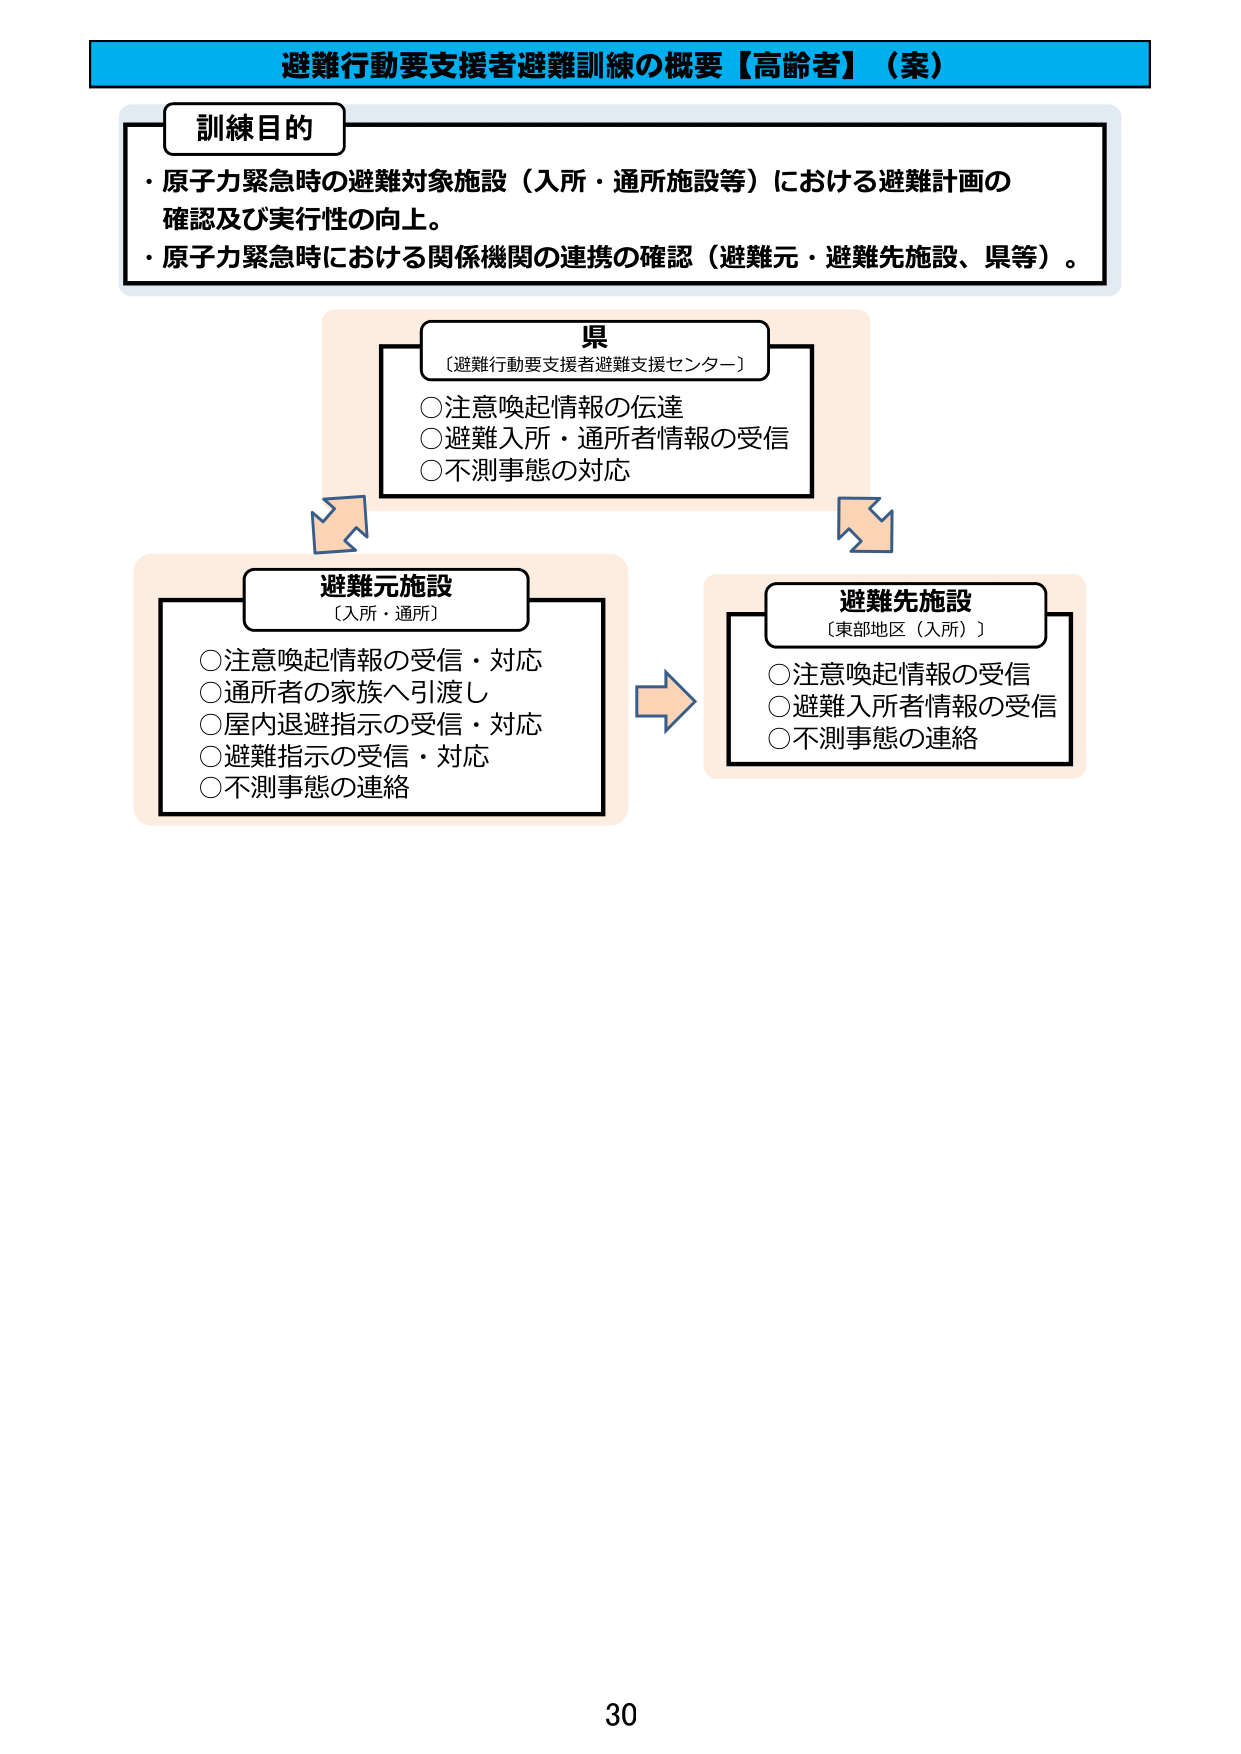
避難行動要支援者避難訓練の概要【高齢者】（案）

訓練目的
・原子力緊急時の避難対象施設（入所・通所施設等）における避難計画の
確認及び実行性の向上。
・原子力緊急時における関係機関の連携の確認（避難元・避難先施設、県等）。

県
〔避難行動要支援者避難支援センター〕
○注意喚起情報の伝達
○避難入所・通所者情報の受信
○不測事態の対応

避難元施設
〔入所・通所〕
○注意喚起情報の受信・対応
○通所者の家族へ引渡し
○屋内退避指示の受信・対応
○避難指示の受信・対応
○不測事態の連絡

避難先施設
〔東部地区（入所）〕
○注意喚起情報の受信
○避難入所者情報の受信
○不測事態の連絡

30